Elephants and their diseases
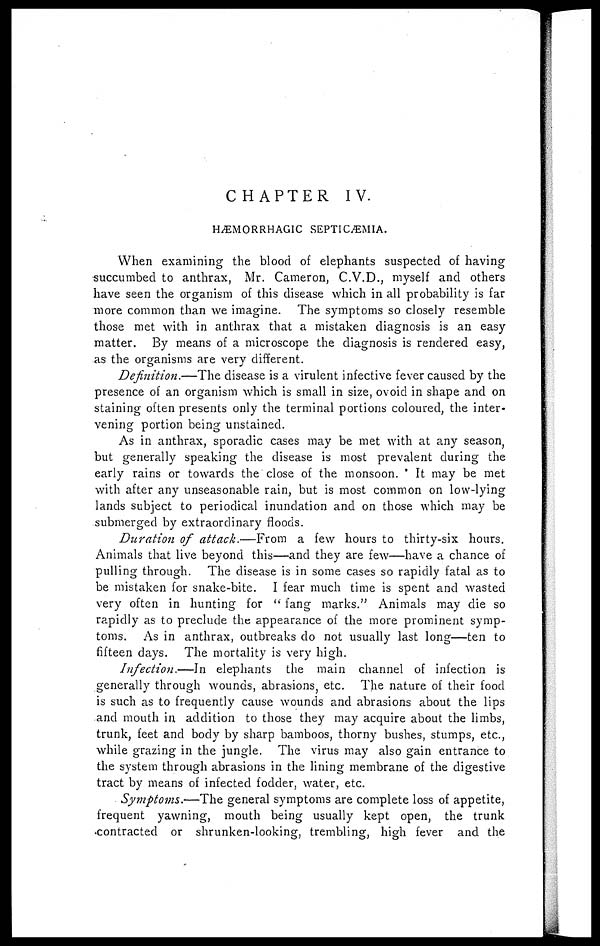
CHAPTER IV.
HÆMORRHAGIC SEPTICÆMIA.
When examining the blood of elephants suspected of having
succumbed to anthrax, Mr. Cameron, C.V.D., myself and others
have seen the organism of this disease which in all probability is far
more common than we imagine. The symptoms so closely resemble
those met with in anthrax that a mistaken diagnosis is an easy
matter. By means of a microscope the diagnosis is rendered easy,
as the organisms are very different.
Definition.—The disease is a virulent infective fever caused by the
presence of an organism which is small in size, ovoid in shape and on
staining often presents only the terminal portions coloured, the inter
vening portion being unstained.
As in anthrax, sporadic cases may be met with at any season,
but generally speaking the disease is most prevalent during the
early rains or towards the close of the monsoon. It may be met
with after any unseasonable rain, but is most common on low-lying
lands subject to periodical inundation and on those which may be
submerged by extraordinary floods.
Duration of attack.—From
a few hours to thirty-six hours.
Animals that live beyond this—and they are few—have a chance of
pulling through. The disease is in some cases so rapidly fatal as to
be mistaken for snake-bite. I fear much time is spent and wasted
very often in hunting for " fang marks." Animals may die so
rapidly as to preclude the appearance of the more prominent symp-
toms. As in anthrax, outbreaks do not usually last long—ten to
fifteen days. The mortality is very high.
Infection.—In
elephants the main channel of infection is
generally through wounds, abrasions, etc. The nature of their food
is such as to frequently cause wounds and abrasions about the lips
and mouth in addition to those they may acquire about the limbs,
trunk, feet and body by sharp bamboos, thorny bushes, stumps, etc.,
while grazing in the jungle. The virus may also gain entrance to
the system through abrasions in the lining membrane of the digestive
tract by means of infected fodder, water, etc.
Symptoms.—The general symptoms are complete loss of appetite,
frequent yawning, mouth being usually kept open, the trunk
contracted or shrunken-looking, trembling, high fever and the